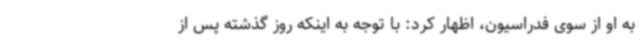
به او از سوی فدراسیون، اظهار کرد: با توجه به اینکه روز گذشته پس از